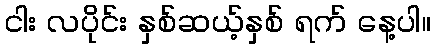
ငါး လပိုင်း နှစ်ဆယ့်နှစ် ရက် နေ့ပါ။